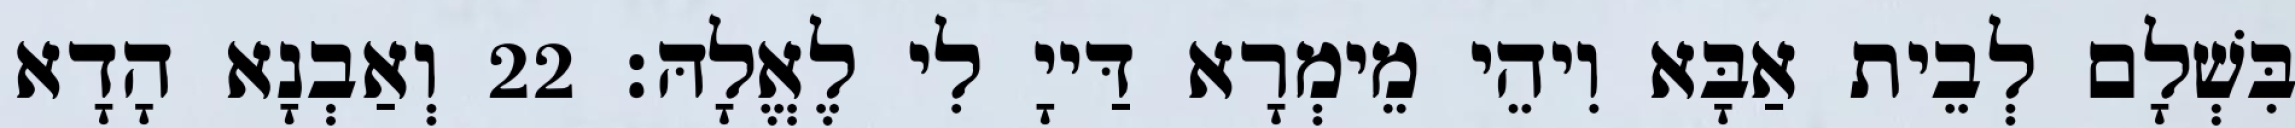
בִּשְׁלָם לְבֵית אַבָּא וִיהֵי מֵימְרָא דַּייָ לִי לֶאֱלָהּ׃ 22 וְאַבְנָא הָדָא